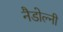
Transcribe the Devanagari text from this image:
नैडोल्नी